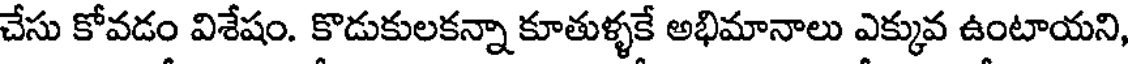
చేసు కోవడం విశేషం. కొడుకులకన్నా కూతుళ్ళకే అభిమానాలు ఎక్కువ ఉంటాయని,